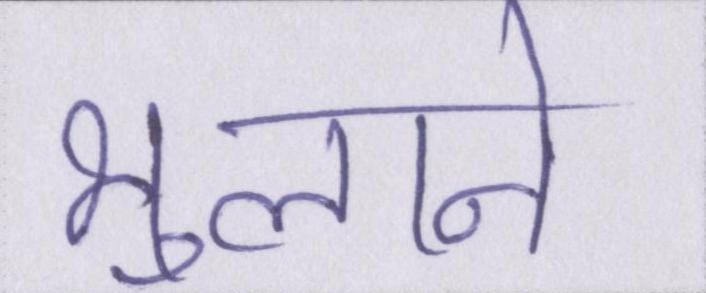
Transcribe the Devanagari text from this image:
भुलाने